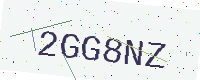
Text: 2GG8NZ